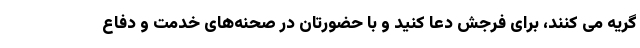
گریه می کنند، برای فرجش دعا کنید و با حضورتان در صحنه‌های خدمت و دفاع